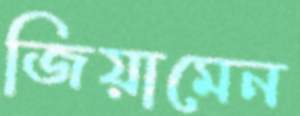
জিয়ামেন